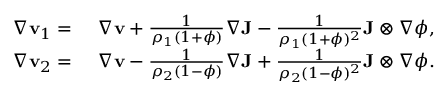
\begin{array} { r l } { \nabla \mathbf { v } _ { 1 } = } & { { } ~ \nabla \mathbf { v } + \frac { 1 } { \rho _ { 1 } ( 1 + \phi ) } \nabla \mathbf { J } - \frac { 1 } { \rho _ { 1 } ( 1 + \phi ) ^ { 2 } } \mathbf { J } \otimes \nabla \phi , } \\ { \nabla \mathbf { v } _ { 2 } = } & { { } ~ \nabla \mathbf { v } - \frac { 1 } { \rho _ { 2 } ( 1 - \phi ) } \nabla \mathbf { J } + \frac { 1 } { \rho _ { 2 } ( 1 - \phi ) ^ { 2 } } \mathbf { J } \otimes \nabla \phi . } \end{array}